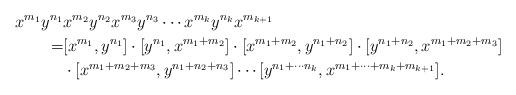
LaTeX: \begin{align*}x^{m_1}y^{n_1}&x^{m_2}y^{n_2} x^{m_3}y^{n_3}\cdots x^{m_k}y^{n_k}x^{m_{k+1}}\\=&[x^{m_1},y^{n_1}]\cdot [y^{n_1},x^{m_1+m_2}]\cdot [x^{m_1+m_2},y^{n_1+n_2}]\cdot [y^{n_1+n_2},x^{m_1+m_2+m_3}]\\&\cdot [x^{m_1+m_2+m_3},y^{n_1+n_2+n_3}]\cdots [y^{n_1+\cdots n_k},x^{m_1+\cdots + m_k+m_{k+1}}].\end{align*}